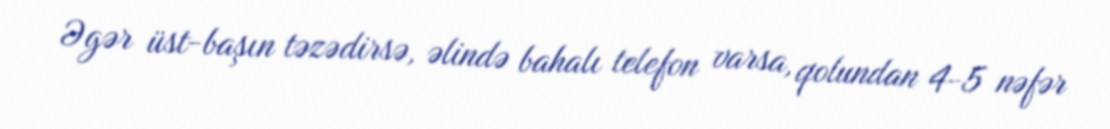
Əgər üst-başın təzədirsə, əlində bahalı telefon varsa, qolundan 4-5 nəfər